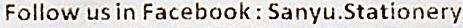
FOLLOW US IN FACEBOOK : SANYU.STATIONERY